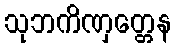
သုဘကိဏှတ္တေန